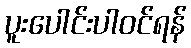
ပူးပေါင်းပါဝင်ရန်